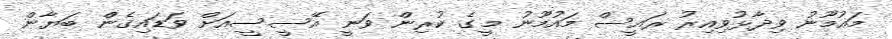
މައުމޫނު ވިދާޅުވިއިރު ރައީސް މައުމޫނު މީގެ ކުރިން ވަނީ އޭސީސީއަށް ވަޑައިގެން ބަޔާން